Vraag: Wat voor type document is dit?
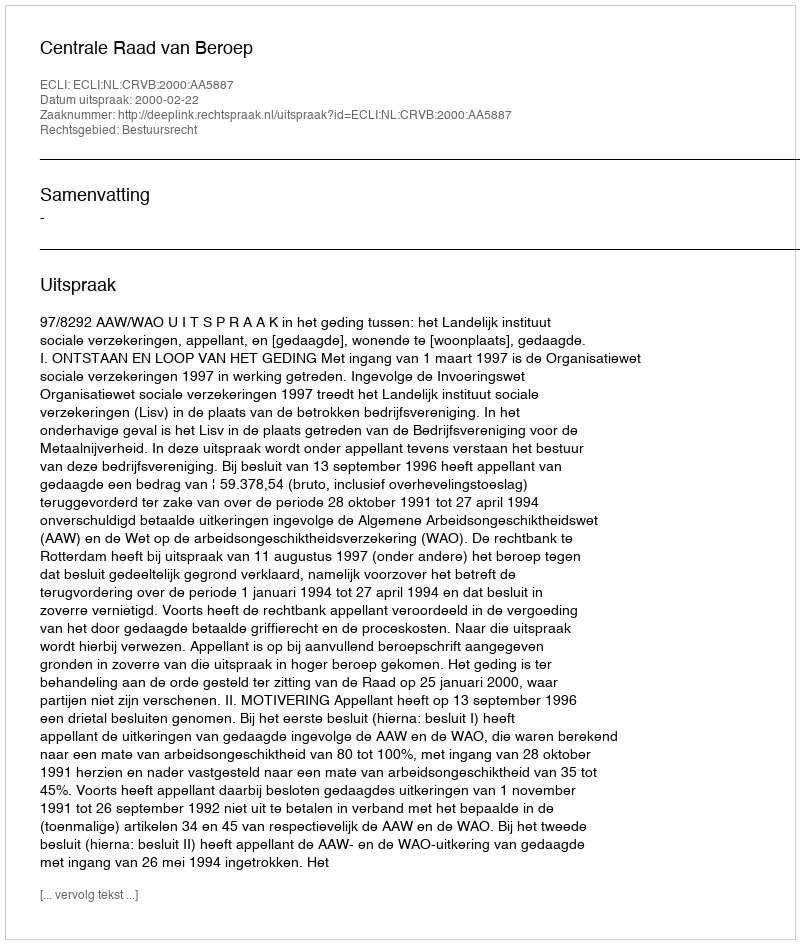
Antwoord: Uitspraak